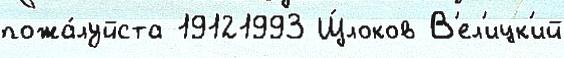
пожа́луйста 19121993 Щ́локов В'ел'ицк'ий